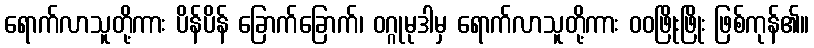
ရောက်လာသူတို့ကား ပိန်ပိန် ခြောက်ခြောက်၊ ဝဂ္ဂုမုဒါမှ ရောက်လာသူတို့ကား ဝဝဖြိုးဖြိုး ဖြစ်ကုန်၏။